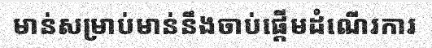
មាន់សម្រាប់មាន់នឹងចាប់ផ្តើមដំណើរការ